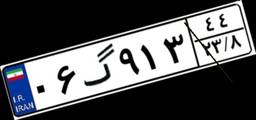
۰۶گ۹۱۳۴۴